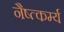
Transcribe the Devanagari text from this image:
नैष्त्कर्म्य